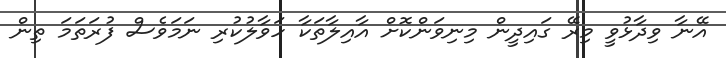
އޭނާ ވިދާޅުވީ މިރޭ ގައިދީން މިނިވަންކޮށް އާއިލާތަކާ ހަވާލުކުރި ނަމަވެސް ފުރަތަމަ ތިން